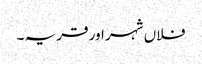
فلاں شہر اور قریہ ۔